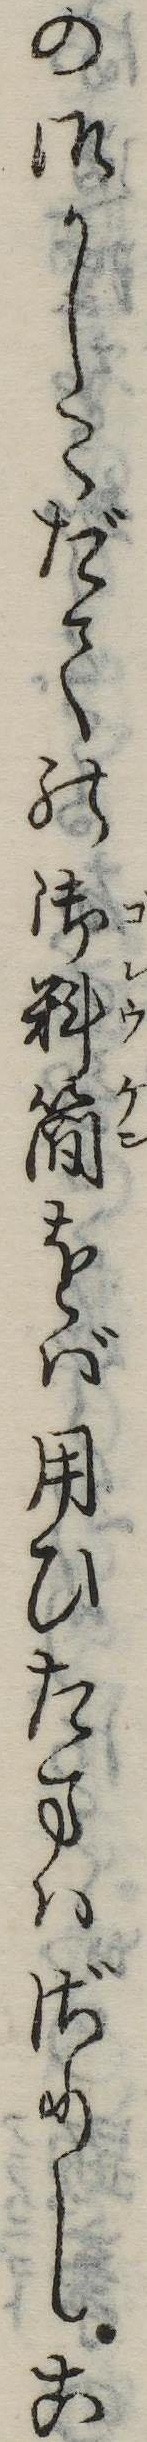
の御かしこだての御料簡をば用ひたまはざりしこ